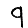
Digit: 9